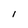
Character: l